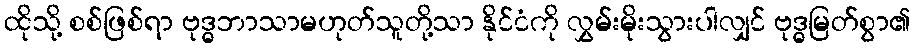
ထိုသို့ စစ်ဖြစ်ရာ ဗုဒ္ဓဘာသာမဟုတ်သူတို့သာ နိုင်ငံကို လွှမ်းမိုးသွားပါလျှင် ဗုဒ္ဓမြတ်စွာ၏